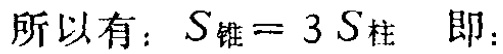
所以有：\(S_{锥}= 3S_{柱}\) 即：